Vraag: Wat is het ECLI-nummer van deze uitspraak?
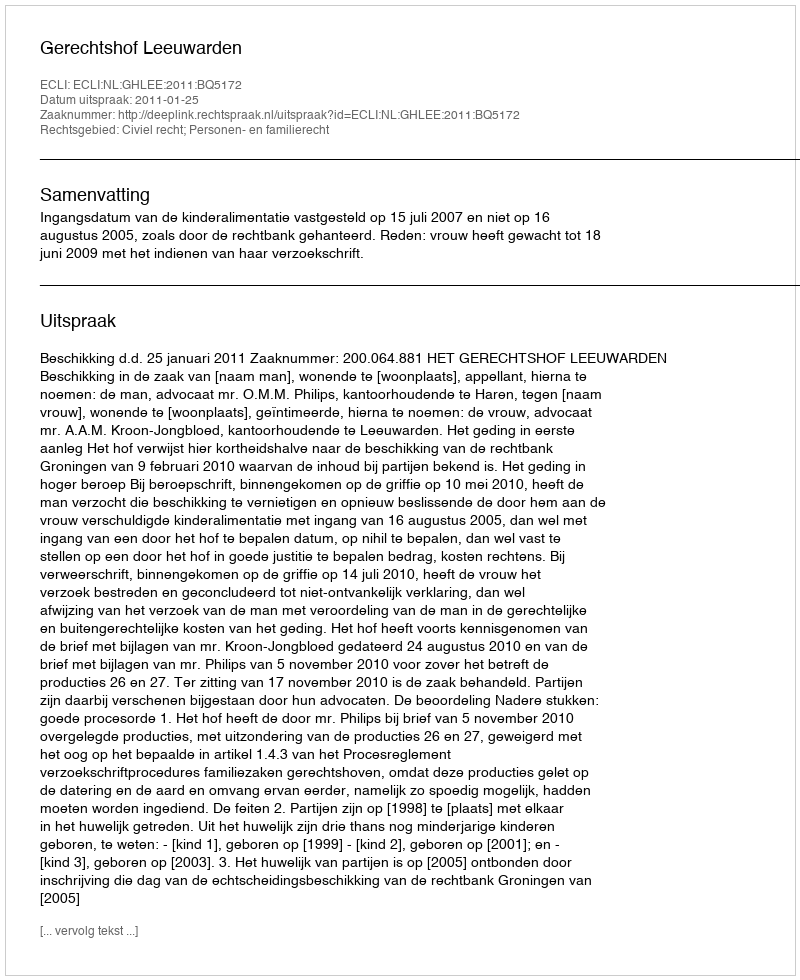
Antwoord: ECLI:NL:GHLEE:2011:BQ5172